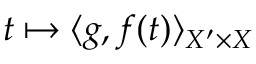
t \mapsto \langle g , f ( t ) \rangle _ { X ^ { \prime } \times X }